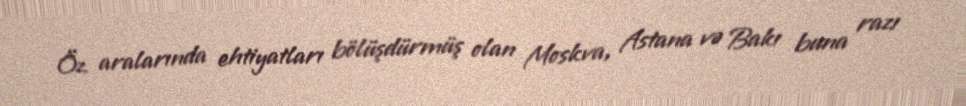
Öz aralarında ehtiyatları bölüşdürmüş olan Moskva, Astana və Bakı buna razı